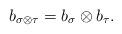
LaTeX: \begin{align*}b_{\sigma\otimes \tau} = b_{\sigma}\otimes b_{\tau}.\end{align*}